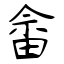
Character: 畲